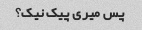
پس میری پیک نیک؟